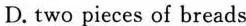
D. two pieces of breads